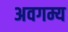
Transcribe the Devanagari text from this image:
अवगम्य